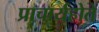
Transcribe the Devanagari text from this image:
प्राचार्यहोते